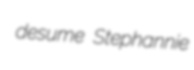
desume Stephannie